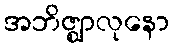
အဘိဇ္ဈာလုနော